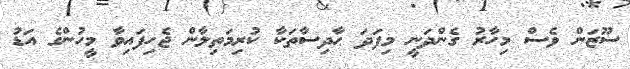
ސޫޒަން ވެސް މިހާރު ގެންދަނީ މިފަދަ ޙާދިސާތަކާ ކުރިމަތިލާން ޖެހިފައިވާ މީހުންގެ އަޑު